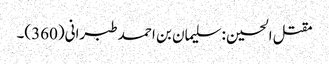
مقتل الحسین : سلیمان بن احمد طبرانی(360)۔